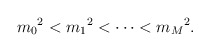
\begin{align*}{m_0}^2 < {m_1}^2 < \cdots < {m_M}^2 .\end{align*}